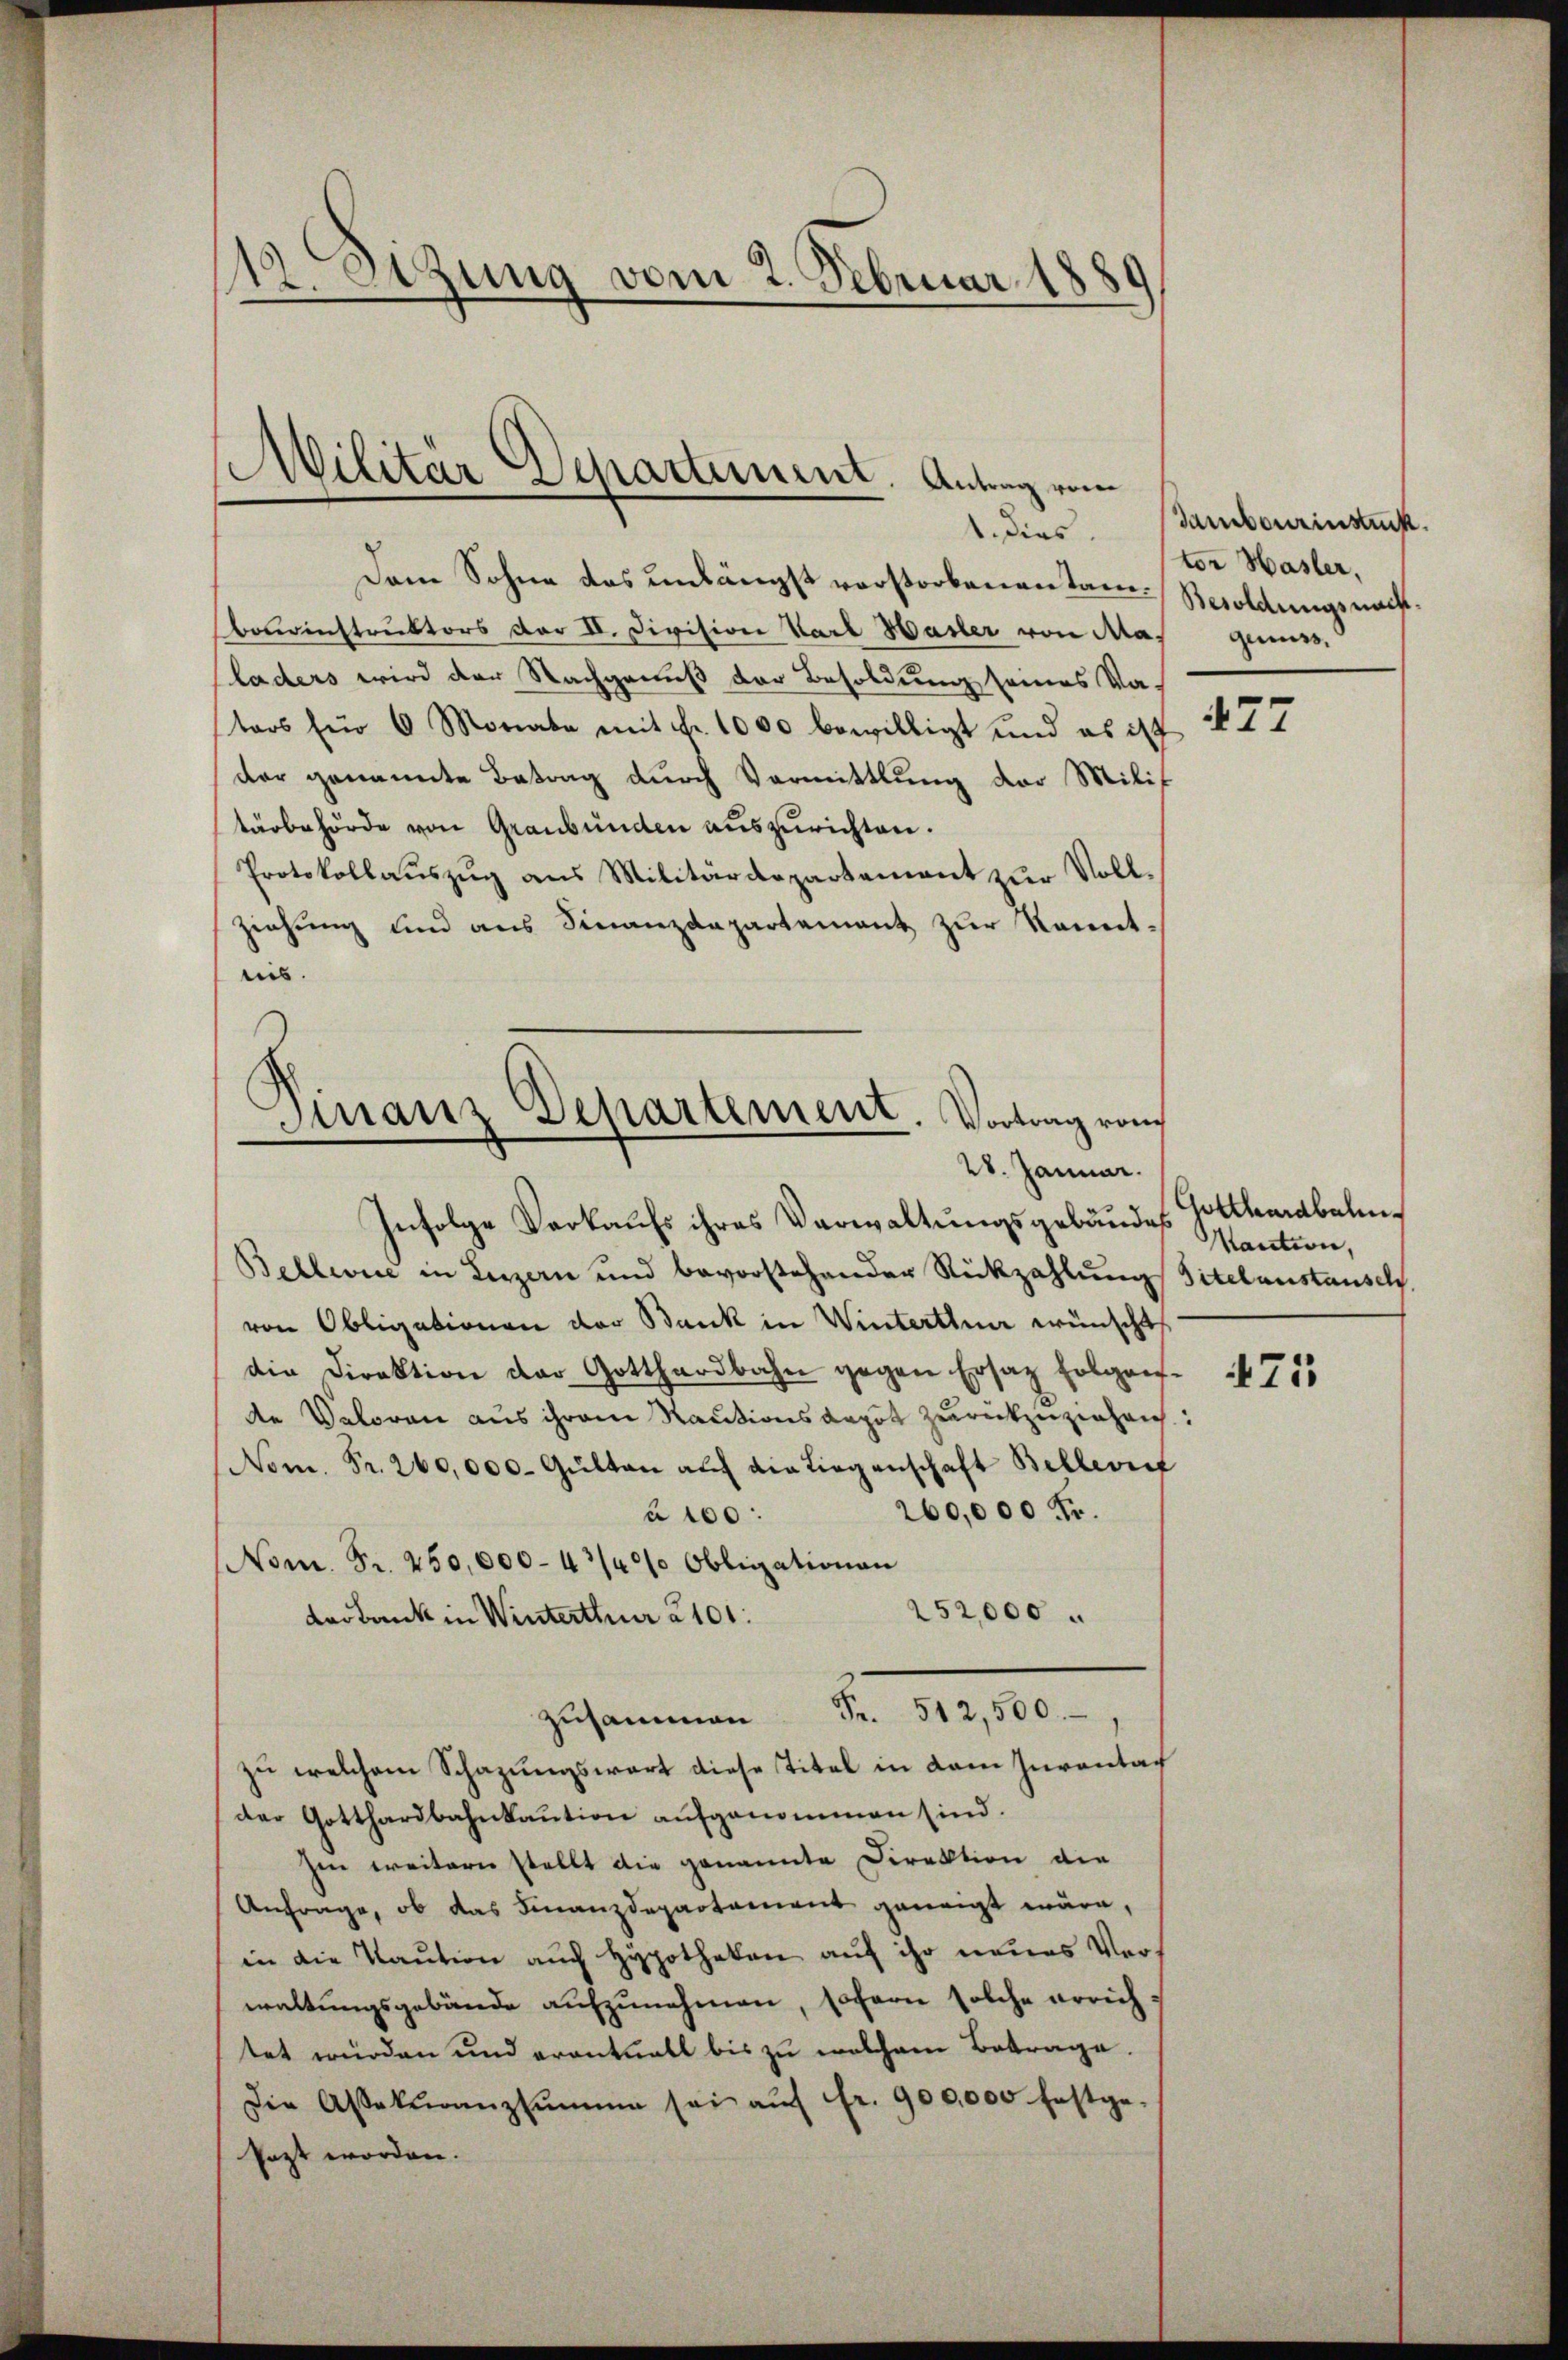
18. Setzung vom 2. Februar 1880
e

Militär Departement. Antrag vom
1. dies

Dem Sohne das unlängst verstorbenen Tann-Resoldungsnachtbomoinstruktors der II. Division Varl Hasler von Maladers wird der Nachgenuß der Besoldung seines Vators für 6 Monate mit Fr. 1000 bewilligt und es ist
der genannte Betrag durch Vormittlung der Milit
tärbehörde von Graubünden auszurichten.
Protokollaŭszŭg ans Militärdepartement zŭr Voll-
ziehung und aus Finanzdepartement zur Kenntnis.

Finanz Departement. Vortrag vom
28. Januar.

Infolge Vorkaufs ihres Verwaltungsgebäudes
Bellence in Luzern und bevorstehender Rückzahlung Titelaustausels.
von Obligationen der Bank in Winterthur wünscht
die Direktion der Gotthardbahn gegen Ersatz folgende Veloren aus ihrem Rautionsdepot zurückzuziehen:
Nom. Fr. 260,000. Gülten auf die Liegenschaft Bellerief
260,000 Fr.
à 100:
Nom. Fr. 250,000-43/4% Obligationen
252,000
Lodbank in Winterthur 2101:
zusammen Fr. 512,500.
zu welchem Schazungswart diese Titel in dem Inventat
der Gotthardbahnkaŭtion aufgenommen sind.
hen weitern stellt die genannte Direktion die
Anfrage, ob das Finanzdepartement geneigt wäre,
in die Kaution auch Hypotheken auf ihr neues Verwaltungsgebäude aufzunehmen, sofern solche errichtet würden und eventuell bis zu welchem Betrage.
Die Assekŭranzsumme sei aŭf fr. 900,000 festge-
Pazt worden.

Sambourinstück.
tor Hasler,
qunss.

477

Gotthardbahn¬
Kaution,

471